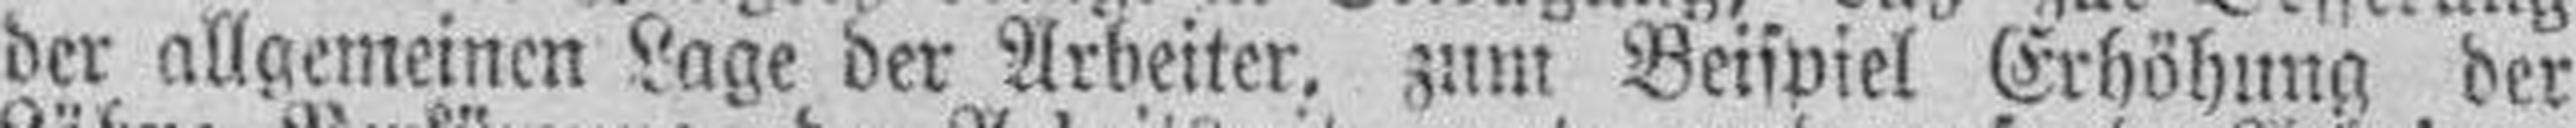
der allgemeinen Lage der Arbeiter, zum Beispiel Erhöhung der